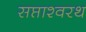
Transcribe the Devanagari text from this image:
सप्ताश्वरथ